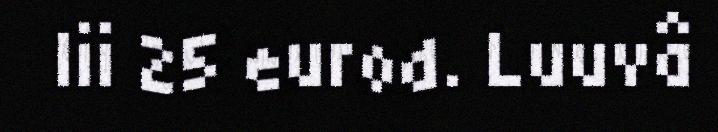
lii 25 eurod. Luuvâ